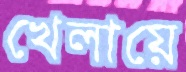
খেলায়ে